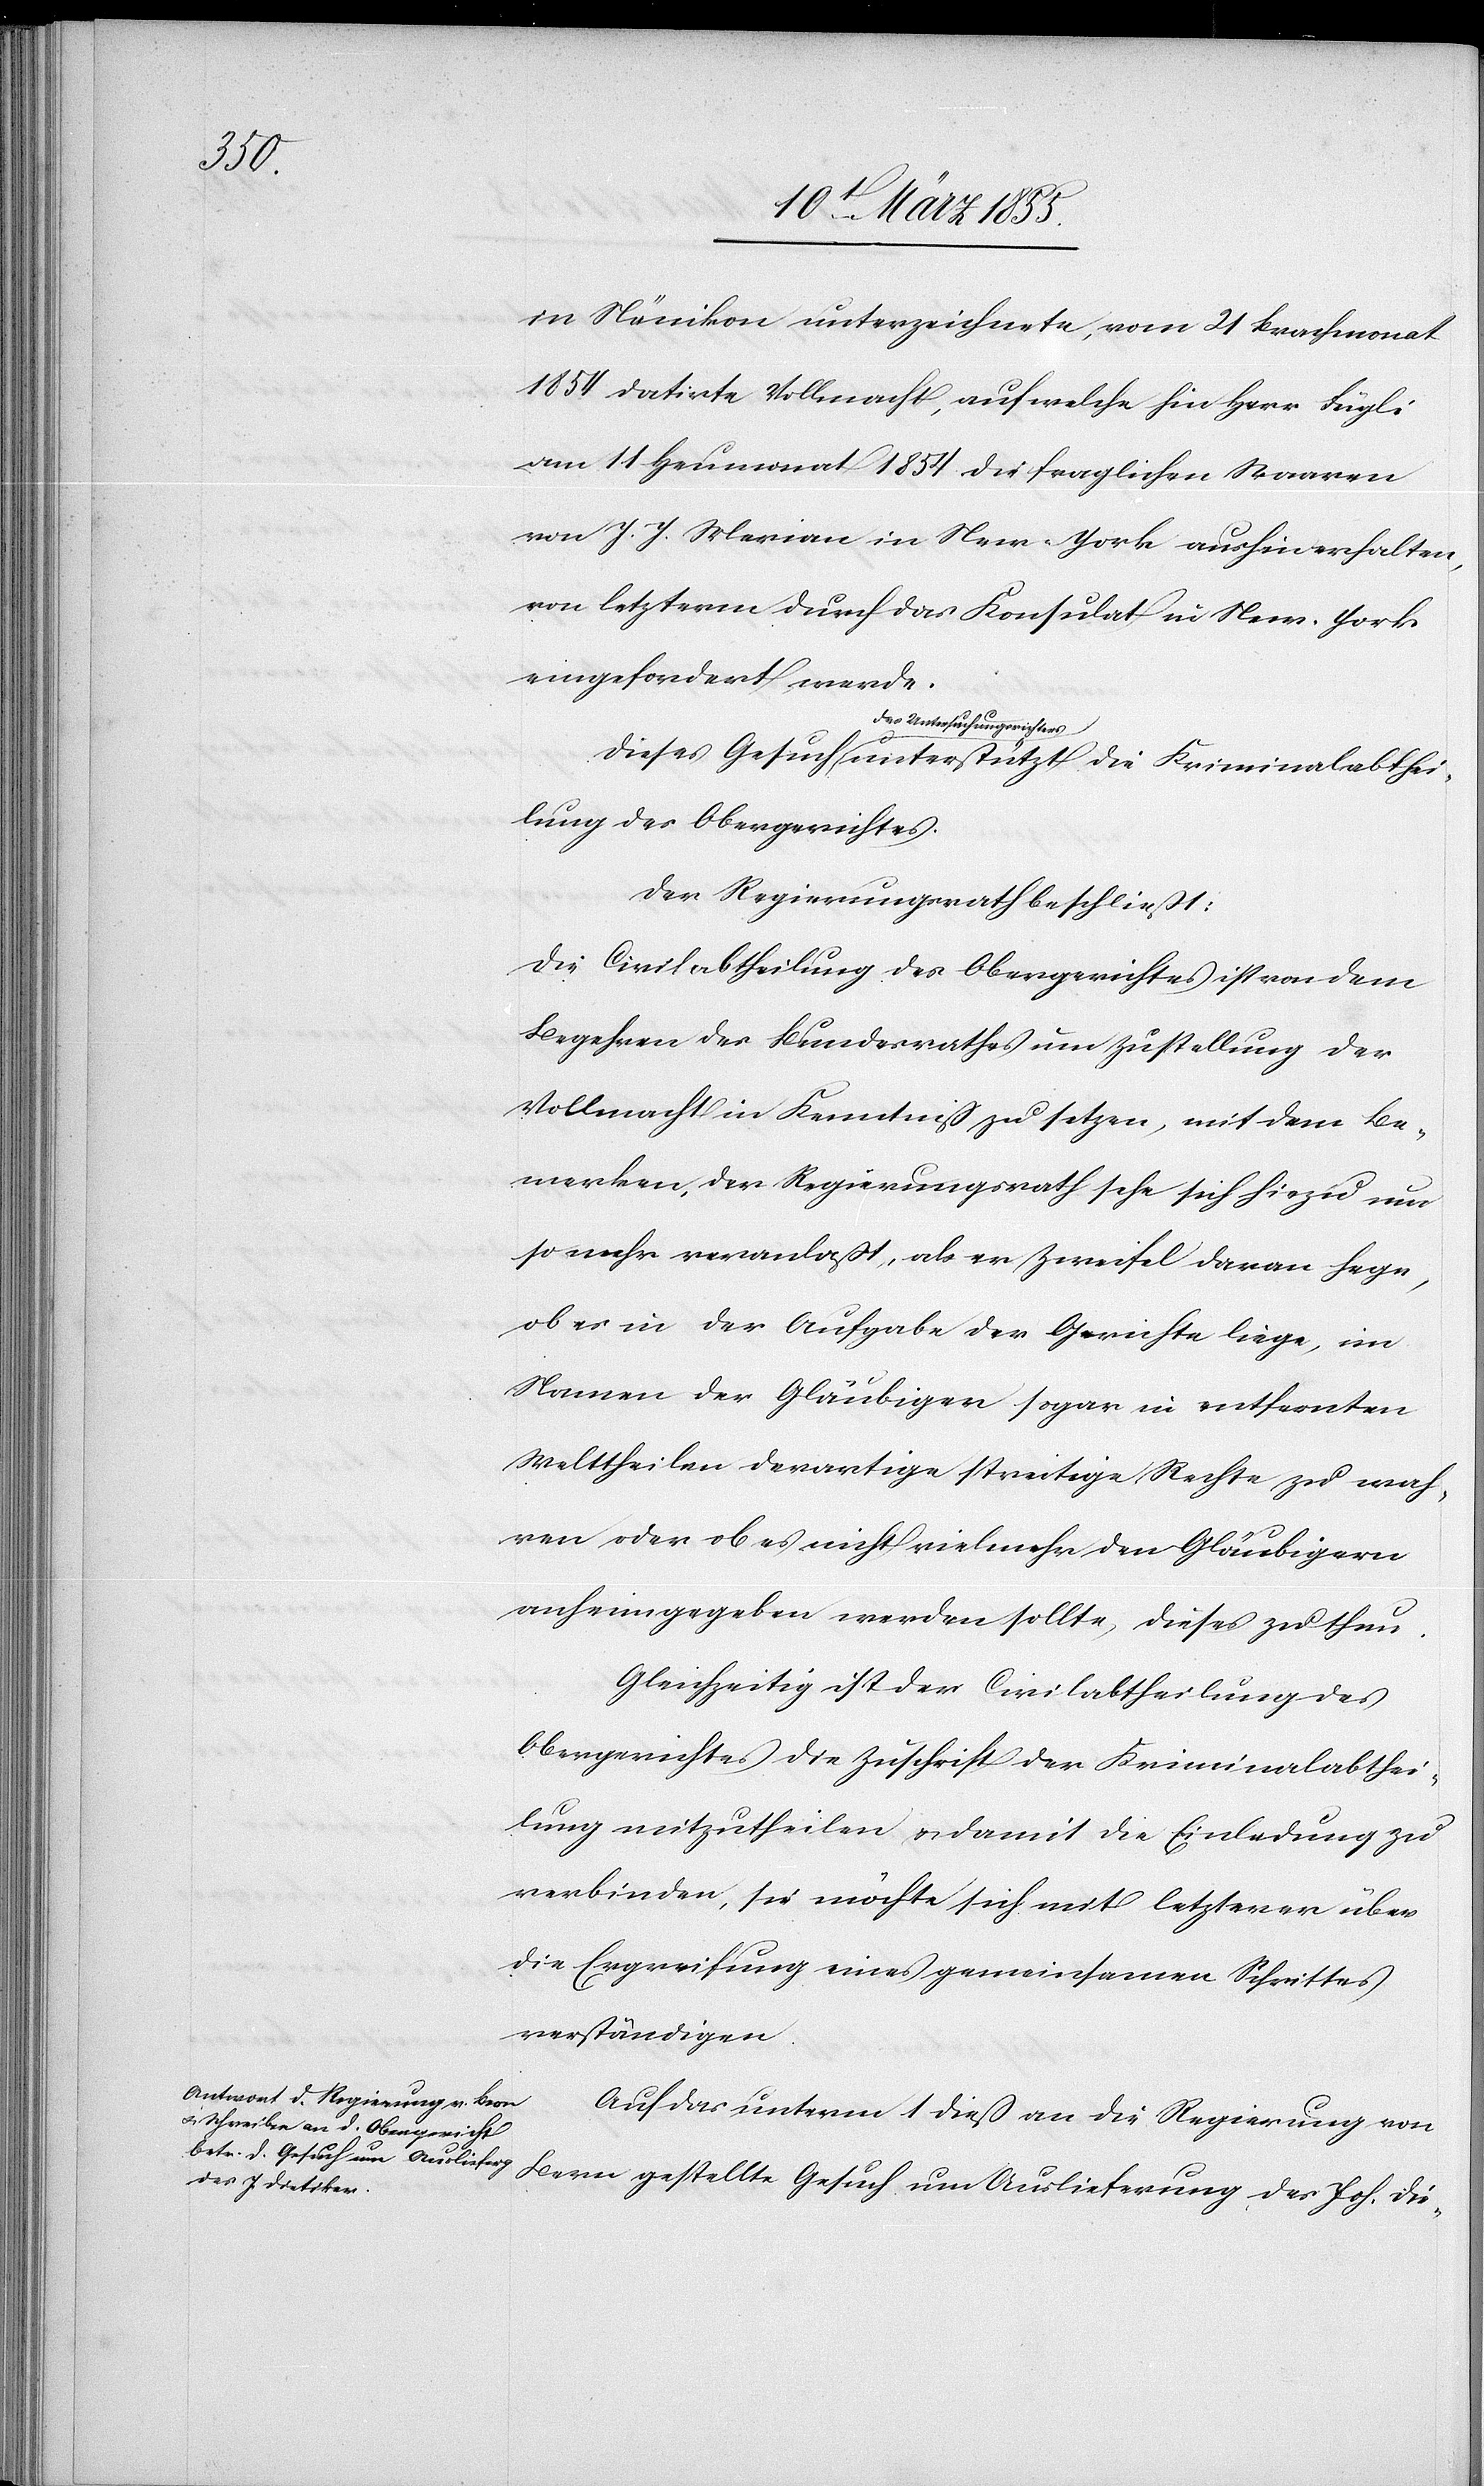
hei¬

in Nänikon unterzeichnete, vom 21 Brachmonat
1854 datirte Vollmacht, auf welche hin Herr Fügli
am 11 Heumonat 1854 die fraglichen Waaren
von J. J. Merian in New-York aushin erhalten,
von letzterm durch das Konsulat in New-York
eingefordert werde.
des Untersuchungsrichters
lung des Obergerichtes.
Der Regierungsrath beschließt:
Die Civilabtheilung des Obergerichtes ist von dem
Begehren des Bundesrathes um Zustellung der
Vollmacht in Kenntniß zu setzen, mit dem Be¬
merken, der Regierungsrath sehe sich hiezu um
so mehr veranlaßt, als er Zweifel daran hege,
ob es in der Aufgabe der Gerichte liege, im
Namen der Gläubiger sogar in entfernten
Welttheilen derartige streitige Rechte zu wah¬
ren oder ob es nicht vielmehr den Gläubigern
anheim gegeben werden sollte, dieses zu thun.
Gleichzeitig ist der Civilabtheilung des
Obergerichtes die Zuschrift der Kriminalabthei¬
lung mitzutheilen & damit die Einladung zu
verbinden, sie möchte sich mit letzterer über
die Ergreifung eines gemeinsamen Schrittes
verständigen.
Auf das unterm 1 dieß an die Regierung von
Bern gestellte Gesuch um Auslieferung des Joh. Die-